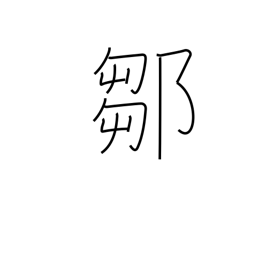
Meaning: place name